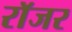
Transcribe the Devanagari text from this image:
राॅजर